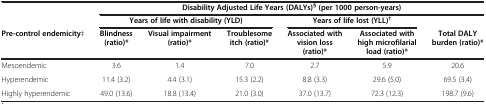
<table><thead><tr><td rowspan="2"><b> </b></td><td colspan="6"><b>Disability Adjusted Life Years (DALYs)<sup>§</sup>(per 1000 person-years)</b></td></tr><tr><td colspan="3"><b>Years of life with disability (YLD)</b></td><td colspan="2"><b>Years of life lost (YLL)<sup>†</sup></b></td><td><b> </b></td></tr><tr><td><b>Pre-control endemicity‡</b></td><td><b>Blindness (ratio)*</b></td><td><b>Visual impairment (ratio)*</b></td><td><b>Troublesome itch (ratio)*</b></td><td><b>Associated with vision loss (ratio)*</b></td><td><b>Associated with high microfilarial load (ratio)*</b></td><td><b>Total DALY burden (ratio)*</b></td></tr></thead><tbody><tr><td>Mesoendemic</td><td>3.6</td><td>1.4</td><td>7.0</td><td>2.7</td><td>5.9</td><td>20.6</td></tr><tr><td>Hyperendemic</td><td>11.4 (3.2)</td><td>4.4 (3.1)</td><td>15.3 (2.2)</td><td>8.8 (3.3)</td><td>29.6 (5.0)</td><td>69.5 (3.4)</td></tr><tr><td>Highly hyperendemic</td><td>49.0 (13.6)</td><td>18.8 (13.4)</td><td>21.0 (3.0)</td><td>37.0 (13.7)</td><td>72.3 (12.3)</td><td>198.7 (9.6)</td></tr></tbody></table>